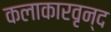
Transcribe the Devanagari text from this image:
कलाकारवृन्द